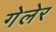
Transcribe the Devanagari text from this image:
गेलेर